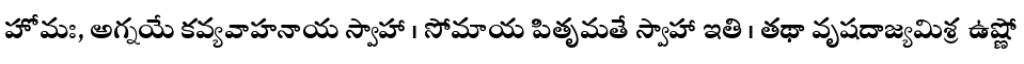
హోమః, అగ్నయే కవ్యవాహనాయ స్వాహా । సోమాయ పితృమతే స్వాహా ఇతి । తథా వృషదాజ్యమిశ్ర ఉష్ణో